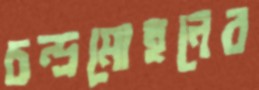
চন্দ্রমোহনের